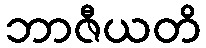
ဘာဇီယတိ